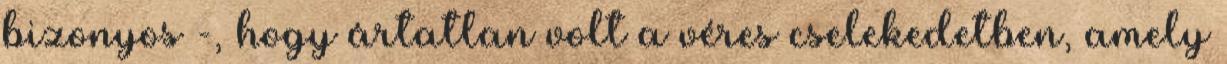
bizonyos -, hogy ártatlan volt a véres cselekedetben, amely